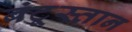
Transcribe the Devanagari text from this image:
बंटूस्तान